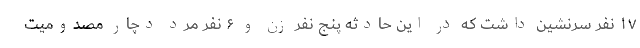
۱۷ نفر سرنشین داشت که در این حادثه پنج نفر زن و ۶ نفر مرد دچار مصدومیت